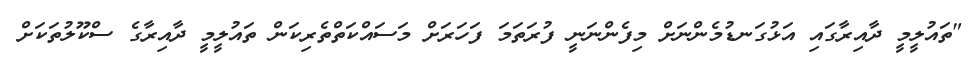
"ތައުލީމީ ދާއިރާގައި އަޅުގަނޑުމެންނަށް މިފެންނަނީ ފުރަތަމަ ފަހަރަށް މަސައްކަތްތެރިކަން ތައުލީމީ ދާއިރާގެ ސްކޫލުތަކަށް